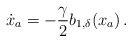
\begin{align*} \dot x_a = -{\gamma \over 2} b_{1,\delta}(x_a)\,. \end{align*}